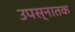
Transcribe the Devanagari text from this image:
उपस्नातक